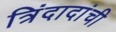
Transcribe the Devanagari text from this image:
त्रिंदादांची